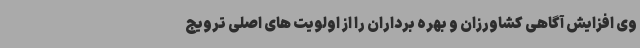
وی افزایش آگاهی کشاورزان و بهره برداران را از اولویت های اصلی ترویج